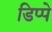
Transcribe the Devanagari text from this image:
डिप्पे